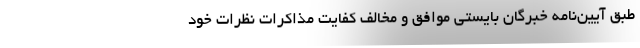
طبق آیین‌نامه خبرگان بایستی موافق و مخالف کفایت مذاکرات نظرات خود